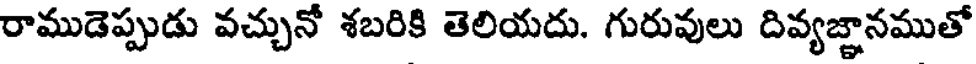
రాముడెప్పుడు వచ్చునో శబరికి తెలియదు. గురువులు దివ్యజ్ఞానముతో